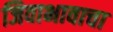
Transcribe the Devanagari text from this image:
जिवाभावाचा